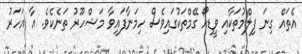
އެތައް ގިނަ ފިލްމުތަކާއި ވީޑިއޯ ގޭމްތަކުގައިވެސް ހިމަނާފައިވާ މަޝްހޫރު ތަނެކެވެ. އާ އަހަރު